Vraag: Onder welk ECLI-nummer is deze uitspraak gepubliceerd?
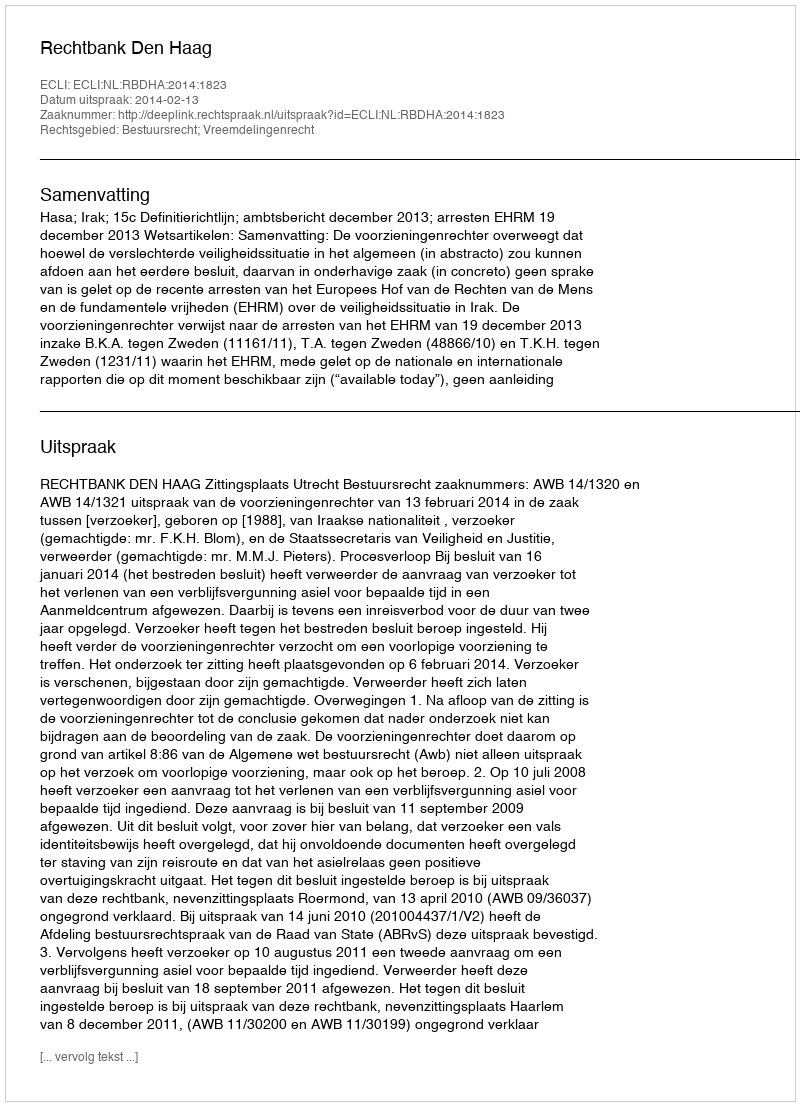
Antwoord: ECLI:NL:RBDHA:2014:1823